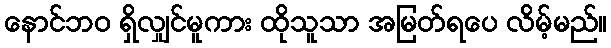
နောင်ဘဝ ရှိလျှင်မူကား ထိုသူသာ အမြတ်ရပေ လိမ့်မည်။